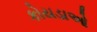
કોયડાઓ